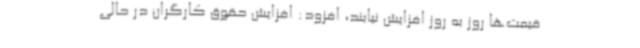
قیمت‌ها روز به روز افزایش نیابند، افزود: افزایش حقوق کارگران در حالی